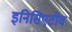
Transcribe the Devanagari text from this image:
इनिसिएटीव